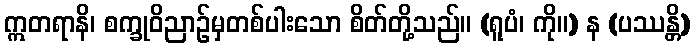
ဣတရာနိ၊ စက္ခုဝိညာဉ်မှတစ်ပါးသော စိတ်တို့သည်။ (ရူပံ၊ ကို။) န (ပဿန္တိ)